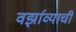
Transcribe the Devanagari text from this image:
वर्झाव्याची